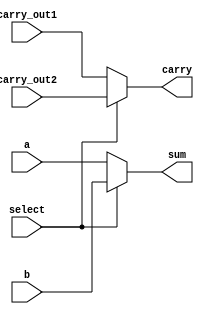
`timescale 1ns / 1ps
//////////////////////////////////////////////////////////////////////////////////
// Company: 
// Engineer: 
// 
// Design Name: 
// Module Name: mux32
// Project Name: 
// Target Devices: 
// Tool Versions: 
// Description: 
// 
// Dependencies: 
// 
// Revision:
// Revision 0.01 - File Created
// Additional Comments:
// 
//////////////////////////////////////////////////////////////////////////////////

module mux32(carry, sum, select, a,b, carry_out1, carry_out2);
input select;
input [31:0] a;
input [31:0] b;
input carry_out1, carry_out2;
output carry;
output [31:0]sum;

assign carry = select ? carry_out2: carry_out1;
assign sum = select ? b : a;

endmodule